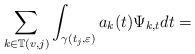
LaTeX: \begin{align*}\sum_{k\in\mathbb{T}(v,j)}\int\nolimits_{\gamma(t_{j},\varepsilon)}a_{k}(t)\Psi_{k,t}dt=\end{align*}